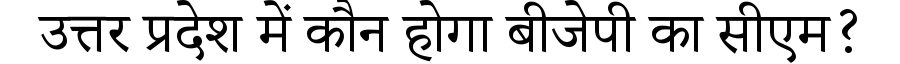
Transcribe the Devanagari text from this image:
उत्तर प्रदेश में कौन होगा बीजेपी का सीएम?